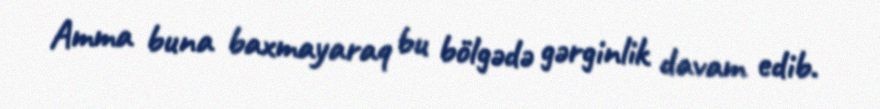
Amma buna baxmayaraq bu bölgədə gərginlik davam edib.